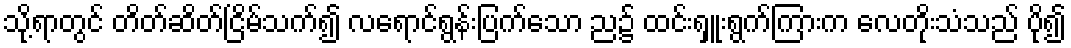
သို့ရာတွင် တိတ်ဆိတ်ငြိမ်သက်၍ လရောင်ရွန်းပြက်သော ည၌ ထင်းရှူးရွက်ကြားက လေတိုးသံသည် ပို၍